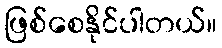
ဖြစ်စေနိုင်ပါတယ်။